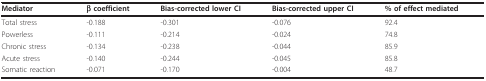
| Mediator | β coefficient | Bias-corrected lower CI | Bias-corrected upper CI | % of effect mediated |
 | --- | --- | --- | --- | --- |
 | Total stress | -0.188 | -0.301 | -0.076 | 92.4 |
 | Powerless | -0.111 | -0.214 | -0.024 | 74.8 |
 | Chronic stress | -0.134 | -0.238 | -0.044 | 85.9 |
 | Acute stress | -0.140 | -0.244 | -0.045 | 85.8 |
 | Somatic reaction | -0.071 | -0.170 | -0.004 | 48.7 |